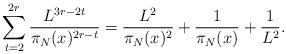
LaTeX: \begin{align*}\sum_{t=2}^{2r} \frac{L^{3r - 2t}}{\pi_N(x)^{2r - t}} = \frac{L^2}{\pi_N(x)^2} + \frac{1}{\pi_N(x)} + \frac{1}{L^2}.\end{align*}